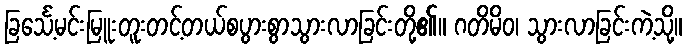
ခြင်္သေ့မင်းမြူးတူးတင့်တယ်စပွားစွာသွားလာခြင်းတို့၏။ ဂတိမိဝ၊ သွားလာခြင်းကဲ့သို့။